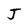
Character: J